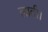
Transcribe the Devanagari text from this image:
लाती।